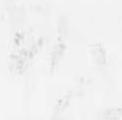
候